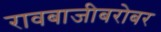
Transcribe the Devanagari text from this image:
रावबाजीबरोबर